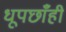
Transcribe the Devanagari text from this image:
धूपछाँही